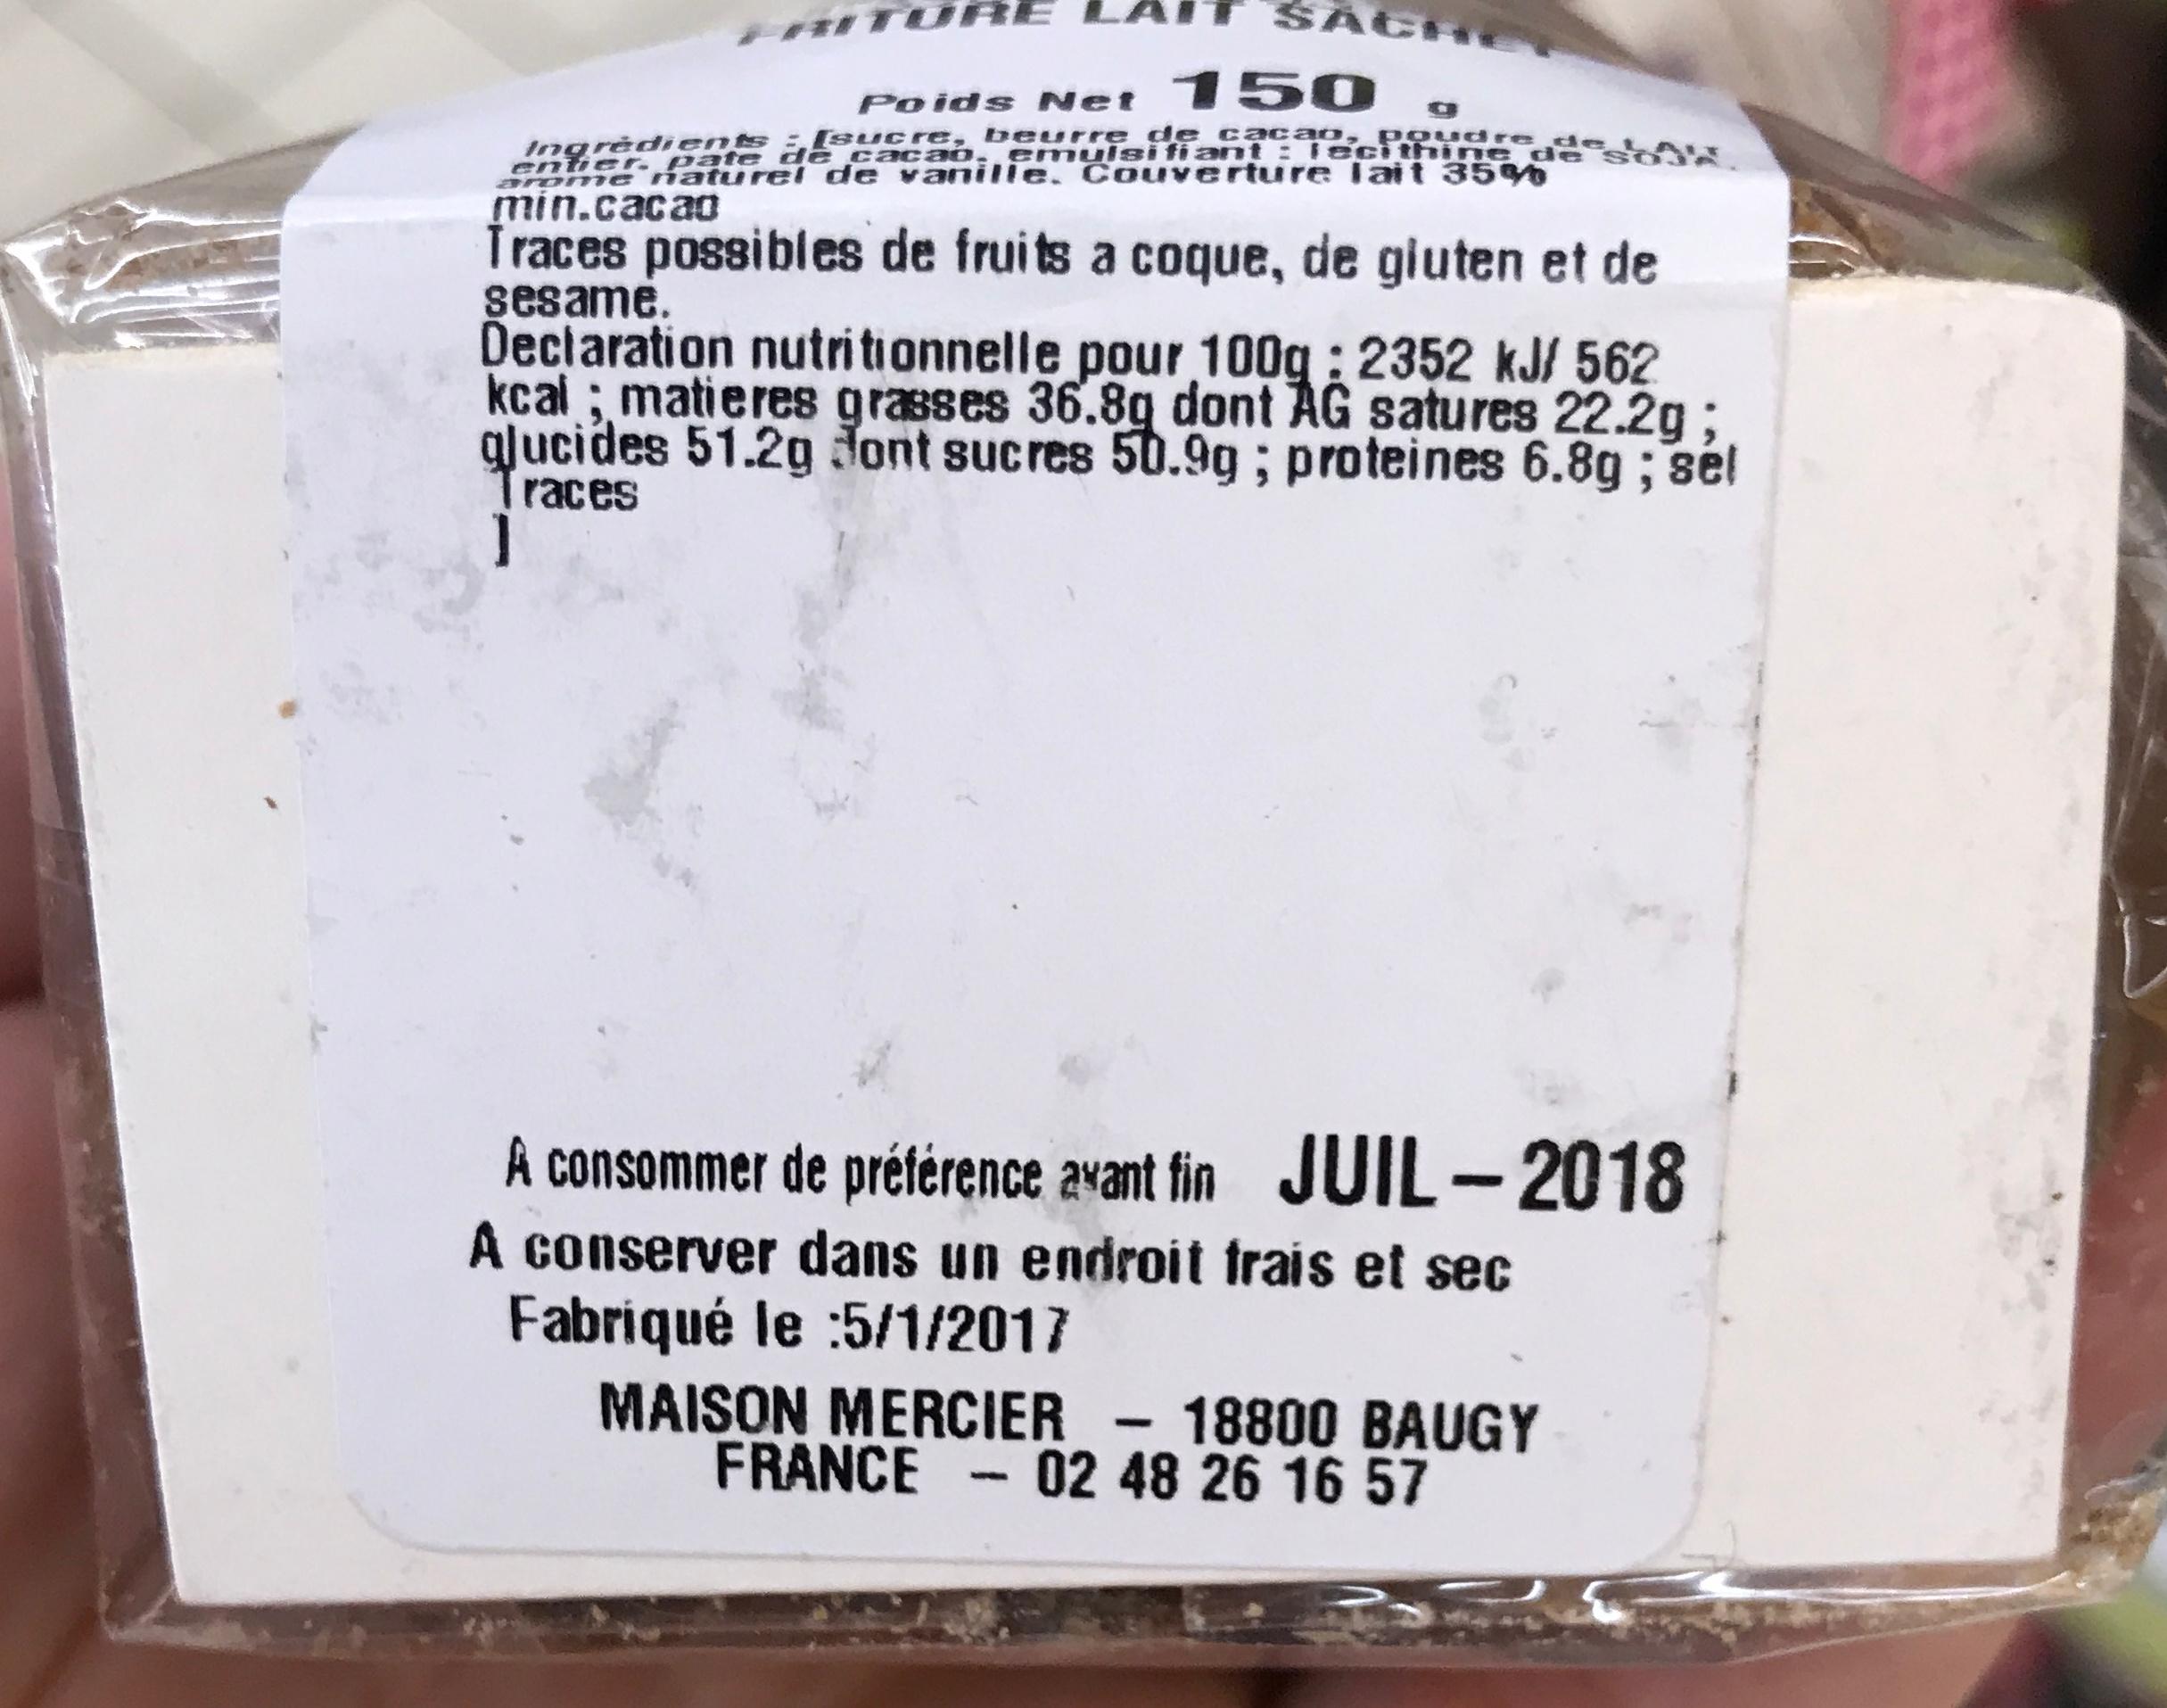
SACH
Poids Net 150
Ingrédients : [sucre, beurre de cacao, poudre de enter. pate de cacao, emulsifiant : lecithine de arome naturel de vanille. Couverture lait 35%0 min.cacao
Traces possibles de fruits a coque, de gluten et de
sesame.
Declaration nutritionnelle pour 100g: 2352 kJ/ 562 kcal; matieres grasses 36.8g dont AG satures 22.2g; glucides 51.2g dont sucres 50.9g; proteines 6.8g; sel
races
]
A consommer de préférence avant fin JUIL-2018
A conserver dans un endroit frais et sec Fabriqué le :5/1/2017
MAISON MERCIER - 18800 BAUGY FRANCE - 02 48 26 16 57